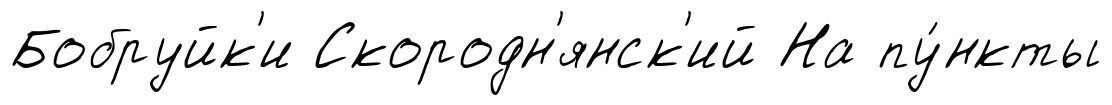
Бобруйк'и Скородн'янск'ий На пу́нкты